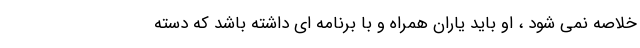
خلاصه نمی شود ، او باید یاران همراه و با برنامه ای داشته باشد که دسته